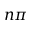
n \pi